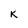
Character: K